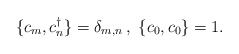
\begin{align*} \{c_m,c_n^\dagger\}=\delta_{m,n}\, ,\ \{c_0,c_0\}=1.\end{align*}